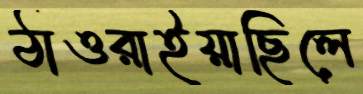
ঠাওরাইয়াছিলে